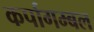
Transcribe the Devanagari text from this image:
कर्पागम्बल